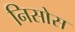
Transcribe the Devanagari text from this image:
निसोस